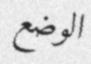
الوضع